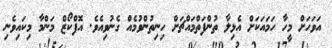
އަވަހަށް މީހާ ހަމައަކަށް އެޅިލާ ތުންފަތްމައްޗަށް ހިނިތުންވުމެއް ގެނުވިއެވެ. އޮފްކޯޒް މަންމާ މިކައިވެނި